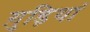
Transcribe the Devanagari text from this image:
ग़ुड़ियां